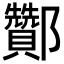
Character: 酇